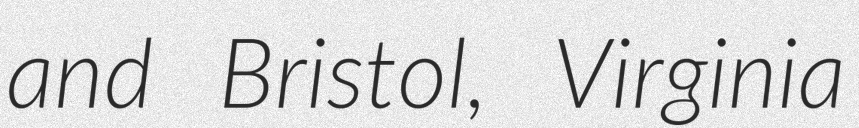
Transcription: and Bristol, Virginia